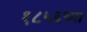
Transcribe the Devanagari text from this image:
१८५६च्या